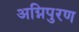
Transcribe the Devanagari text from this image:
अग्निपुरण